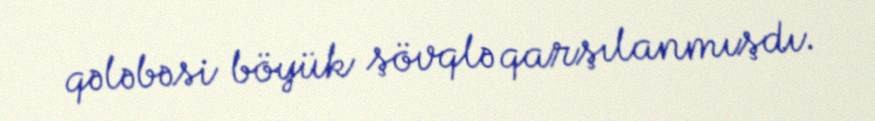
qələbəsi böyük şövqlə qarşılanmışdı.